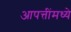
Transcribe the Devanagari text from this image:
आपत्तींमध्ये